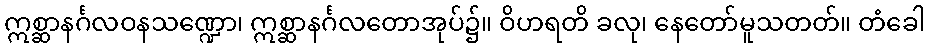
ဣစ္ဆာနင်္ဂလဝနသဏ္ဍော၊ ဣစ္ဆာနင်္ဂလတောအုပ်၌။ ဝိဟရတိ ခလု၊ နေတော်မူသတတ်။ တံခေါ